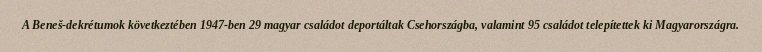
A Beneš-dekrétumok következtében 1947-ben 29 magyar családot deportáltak Csehországba, valamint 95 családot telepítettek ki Magyarországra.